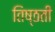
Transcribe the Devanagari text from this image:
तिष्ठती